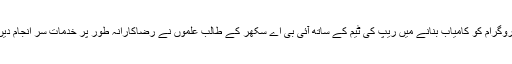
پروگرام کو کامیاب بنانے میں ریپ کی ٹیم کے ساتھ آئی بی اے سکھر کے طالب علموں نے رضاکارانہ طور پر خدمات سر انجام دیں۔